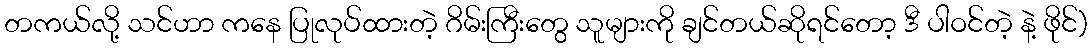
တကယ်လို့ သင်ဟာ ကနေ ပြုလုပ်ထားတဲ့ ဂိမ်းကြီးတွေ သူများကို ချင်တယ်ဆိုရင်တော့ ဒီ ပါဝင်တဲ့ နဲ့ ဖိုင်)